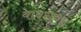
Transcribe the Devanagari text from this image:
बाबराचा